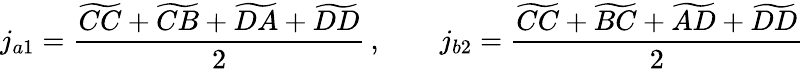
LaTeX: j_{a1}=\frac{\widetilde{CC}+\widetilde{CB}+\widetilde{DA}+\widetilde{DD}}{2}\, ,\qquad j_{b2}=\frac{\widetilde{CC}+\widetilde{BC}+\widetilde{AD}+\widetilde{DD}}{2}